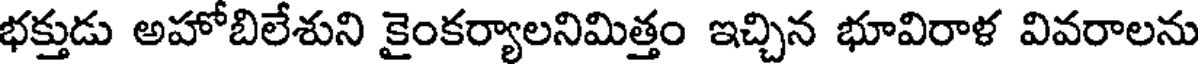
భక్తుడు అహోబిలేశుని కైంకర్యాలనిమిత్తం ఇచ్చిన భూవిరాళ వివరాలను